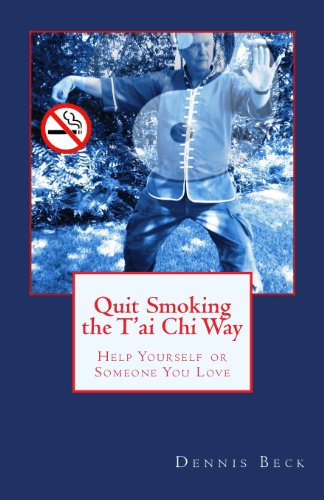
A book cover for Quit Smoking the T'ai Chi Way: Help Yourself or Someone You Love; Dennis Beck; Health, Fitness & Dieting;